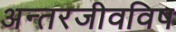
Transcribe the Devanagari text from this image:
अन्तरजीवविष